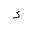
Letter: _hamza